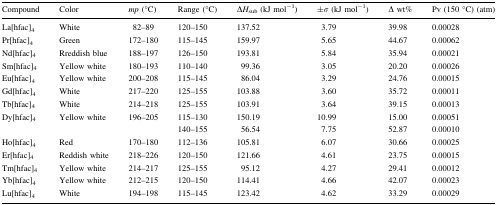
<table><thead><tr><td><b>Compound</b></td><td><b>Color</b></td><td><b><i>mp</i> (°C)</b></td><td><b>Range (°C)</b></td><td><b>∆<i>H</i><sub>sub</sub> (kJ mol<sup>−1</sup>)</b></td><td><b>±<i>σ</i> (kJ mol<sup>−1</sup>)</b></td><td><b>∆ wt%</b></td><td><b>Pv (150 °C) (atm)</b></td></tr></thead><tbody><tr><td>La[hfac]<sub>4</sub></td><td>White</td><td>82–89</td><td>120–150</td><td>137.52</td><td>3.79</td><td>39.98</td><td>0.00028</td></tr><tr><td>Pr[hfac]<sub>4</sub></td><td>Green</td><td>172–180</td><td>115–145</td><td>159.97</td><td>5.65</td><td>44.67</td><td>0.00062</td></tr><tr><td>Nd[hfac]<sub>4</sub></td><td>Rreddish blue</td><td>188–197</td><td>126–150</td><td>193.81</td><td>5.84</td><td>35.94</td><td>0.00021</td></tr><tr><td>Sm[hfac]<sub>4</sub></td><td>Yellow white</td><td>180–193</td><td>110–140</td><td>99.36</td><td>3.05</td><td>20.20</td><td>0.00026</td></tr><tr><td>Eu[hfac]<sub>4</sub></td><td>Yellow white</td><td>200–208</td><td>115–145</td><td>86.04</td><td>3.29</td><td>24.76</td><td>0.00015</td></tr><tr><td>Gd[hfac]<sub>4</sub></td><td>White</td><td>217–220</td><td>125–155</td><td>103.88</td><td>3.60</td><td>35.72</td><td>0.00011</td></tr><tr><td>Tb[hfac]<sub>4</sub></td><td>White</td><td>214–218</td><td>125–155</td><td>103.91</td><td>3.64</td><td>39.15</td><td>0.00013</td></tr><tr><td>Dy[hfac]<sub>4</sub></td><td>Yellow white</td><td>196–205</td><td>115–130</td><td>150.19</td><td>10.99</td><td>15.00</td><td>0.00051</td></tr><tr><td></td><td></td><td></td><td>140–155</td><td>56.54</td><td>7.75</td><td>52.87</td><td>0.00010</td></tr><tr><td>Ho[hfac]<sub>4</sub></td><td>Red</td><td>170–180</td><td>112–136</td><td>105.81</td><td>6.07</td><td>30.66</td><td>0.00025</td></tr><tr><td>Er[hfac]<sub>4</sub></td><td>Reddish white</td><td>218–226</td><td>120–150</td><td>121.66</td><td>4.61</td><td>23.75</td><td>0.00015</td></tr><tr><td>Tm[hfac]<sub>4</sub></td><td>Yellow white</td><td>214–217</td><td>125–155</td><td>95.12</td><td>4.27</td><td>29.41</td><td>0.00012</td></tr><tr><td>Yb[hfac]<sub>4</sub></td><td>Yellow white</td><td>212–215</td><td>120–150</td><td>114.41</td><td>4.66</td><td>42.07</td><td>0.00023</td></tr><tr><td>Lu[hfac]<sub>4</sub></td><td>White</td><td>194–198</td><td>115–145</td><td>123.42</td><td>4.62</td><td>33.29</td><td>0.00029</td></tr></tbody></table>